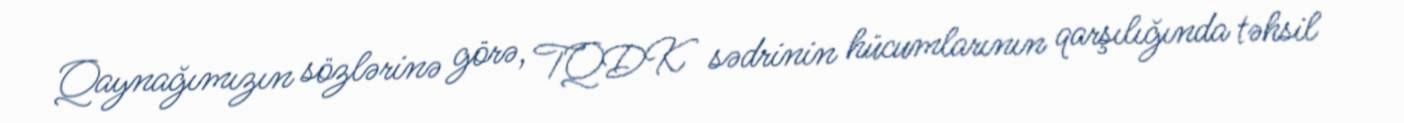
Qaynağımızın sözlərinə görə, TQDK sədrinin hücumlarının qarşılığında təhsil